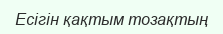
Есігін қақтым тозақтың